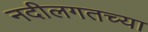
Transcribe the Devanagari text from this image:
नदीलगतच्या